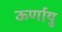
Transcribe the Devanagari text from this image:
ऊर्णायु